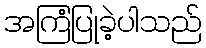
အကြံပြုခဲ့ပါသည်